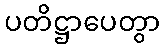
ပတိဋ္ဌာပေတွာ